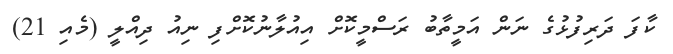
ކާފަ ދަރިފުޅުގެ ނަން އަމީތާބު ރަސްމީކޮށް އިއުލާނުކޮށްފި ނިއު ދިއްލީ (މެއި 21)